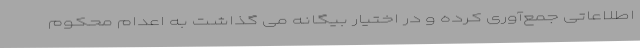
اطلاعاتی جمع‌آوری کرده و در اختیار بیگانه می گذاشت به اعدام محکوم